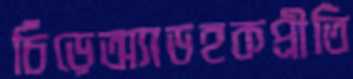
চিঁড়েঅ্যাডহকপ্রীতি